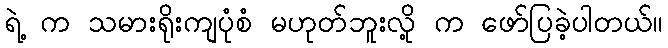
ရဲ့ က သမားရိုးကျပုံစံ မဟုတ်ဘူးလို့ က ဖော်ပြခဲ့ပါတယ်။